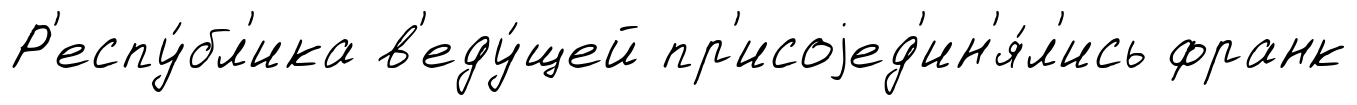
Р'еспу́бл'ика в'еду́щей пр'исоjед'ин'я́л'ись франк